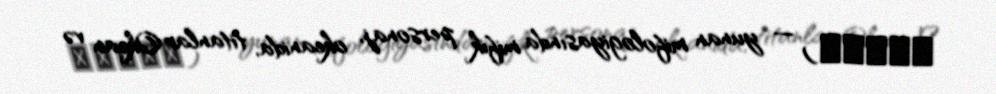
Δωρίς) — yunan mifologiyasında mifik personaj, okeanida, titanlar Okean və